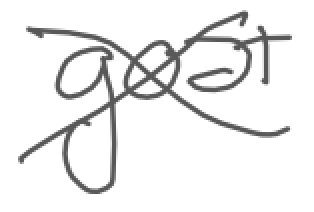
Text: goat
Cross-out: cross
Writing tool: digital_gray